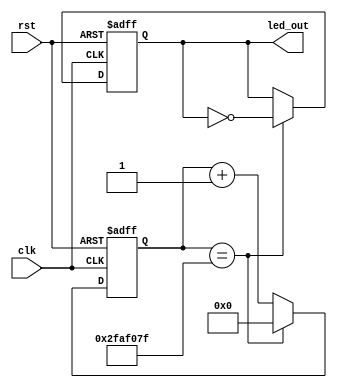
module led_test(clk,rst,led_out);
	input clk,rst;
	output led_out; //LED
	
	reg led_reg;	 //
	reg [31:0] timer; //32
	
	/*50MHz1clk20ns1s1000000000ns
	1000000000ns/20ns=50000000clktimer0
	0~49999999clk1s
	*/
	parameter time_1s = 32'd49_999_999;
	
/*	
	//initial
	//
	//
   initial
	begin
		led_reg = 1'b0;
		timer = 32'b0;
	end
*/
	
	//LED
	always@(posedge clk or negedge rst)
	begin
		if(rst == 0) //
			begin 
				led_reg <= 1'b0;
				timer <= 32'b0;
			end
		else if(timer == time_1s)
			begin
				led_reg <= ~led_reg;
				timer <= 32'b0;
			end
		else
			timer <= timer + 1'b1;
	end
	
	assign led_out = led_reg;
endmodule